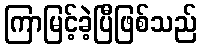
ကြာမြင့်ခဲ့ပြီဖြစ်သည်